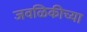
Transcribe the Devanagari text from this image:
जवळिकीच्या